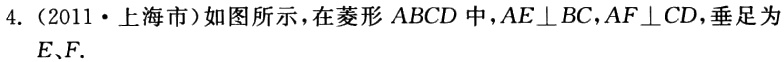
4.（2011·上海市）如图所示，在菱形 \(ABCD\) 中，\(AE\perp BC\)，\(AF\perp CD\)，垂足为 \(E、F\).